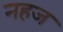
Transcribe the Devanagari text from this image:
नहज